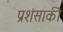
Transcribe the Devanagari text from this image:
प्रशंसाकी